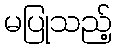
မပြုသည့်